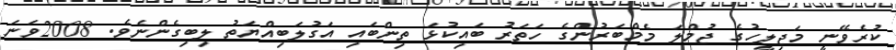
ކުރެވޭނީ މަޖިލީހުގެ ޖުމްލަ މެމްބަރުންގެ ހަތަރު ބައިކުޅަ ތިންބައި އަގުލަބިއްޔަތު ލިބިގެންނެވެ. 2008ވަނަ